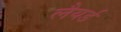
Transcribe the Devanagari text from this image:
लैयर्ड